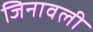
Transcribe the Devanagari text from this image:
जिनावली